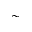
\sim